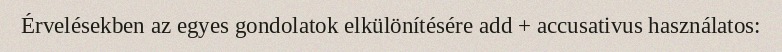
Érvelésekben az egyes gondolatok elkülönítésére add + accusativus használatos: